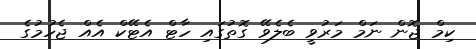
ކިމް ޖޮން ނަމް މަރުވީ ބެލެވޭ ގޮތުގައި ހާޓް އެޓޭކް އެއް ޖެހުމުގެ